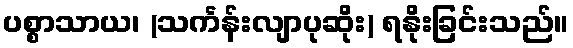
ပစ္စာသာယ၊ (သင်္ကန်းလျာပုဆိုး) ရနိုးခြင်းသည်။